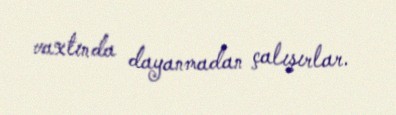
vaxtında dayanmadan çalışırlar.